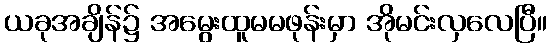
ယခုအချိန်၌ အမွေးထူမမဖုန်းမှာ အိုမင်းလှလေပြီ။